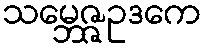
သမ္ဘေဇ္ဇဥဒကေ